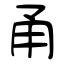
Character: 甬